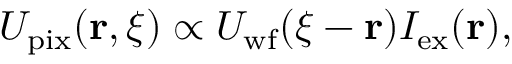
\begin{array} { r } { U _ { \mathrm { p i x } } ( \mathbf { r } , \boldsymbol { \xi } ) \propto U _ { \mathrm { w f } } ( \boldsymbol { \xi } - \mathbf { r } ) I _ { \mathrm { e x } } ( \mathbf { r } ) , } \end{array}